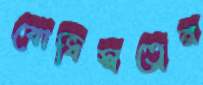
বোধিস্বত্বের